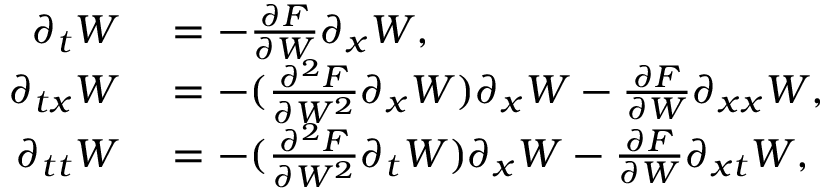
\begin{array} { r l } { \partial _ { t } W } & { { } = - \frac { \partial F } { \partial W } \partial _ { x } W , } \\ { \partial _ { t x } W } & { { } = - ( \frac { \partial ^ { 2 } F } { \partial W ^ { 2 } } \partial _ { x } W ) \partial _ { x } W - \frac { \partial F } { \partial W } \partial _ { x x } W , } \\ { \partial _ { t t } W } & { { } = - ( \frac { \partial ^ { 2 } F } { \partial W ^ { 2 } } \partial _ { t } W ) \partial _ { x } W - \frac { \partial F } { \partial W } \partial _ { x t } W , } \end{array}